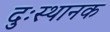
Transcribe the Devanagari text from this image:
दुःस्थानक